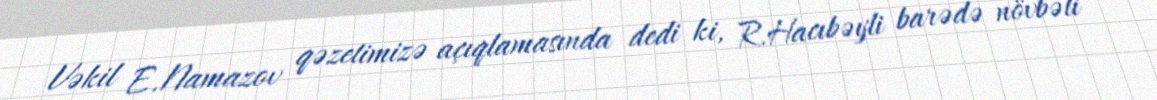
Vəkil E.Namazov qəzetimizə açıqlamasında dedi ki, R.Hacıbəyli barədə növbəti